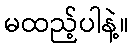
မထည့်ပါနဲ့။